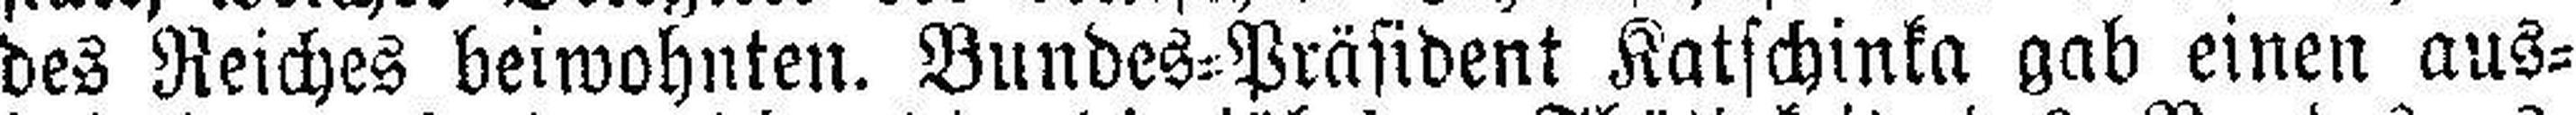
des Reiches beiwohnten. Bundes=Präsident Katschinka gab einen aus¬